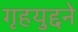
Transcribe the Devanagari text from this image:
गृहयुद्दने